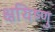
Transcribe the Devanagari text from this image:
क्षयिष्णु